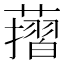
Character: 𦾬